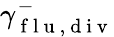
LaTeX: \gamma_{\mathrm{~f~l~u~},\mathrm{~d~i~v~}}^{-}